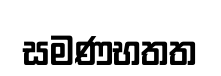
සමණභතත